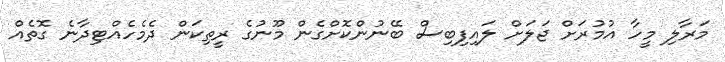
މަރާލި މީހާ އުމުރަށް ޖަލަށް ލައިފިބިސް ބޭނުންކޮށްގެން މޫނުގެ ރީތިކަން ދެމެހެއްޓިދާނެ ގޮތެއް